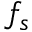
f _ { s }